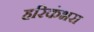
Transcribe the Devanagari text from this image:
हरिकंभरा